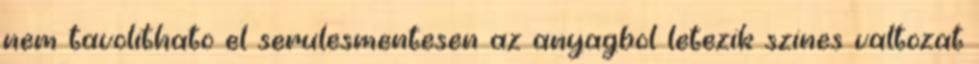
nem tavolithato el serulesmentesen az anyagbol letezik szines valtozat